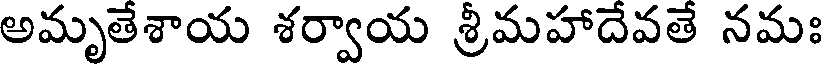
అమృతేశాయ శర్వాయ శ్రీమహాదేవతే నమః